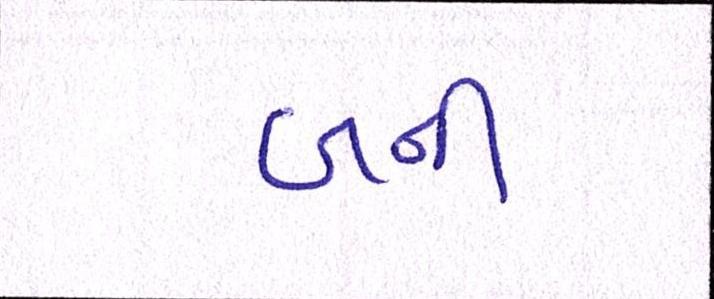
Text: બની